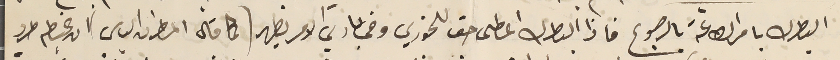
البطرك بامر الطاعة بالرجوع فاذا البطرك اعطى حق للخوري وفي بادي الامر يظهر (كماقال المطران الياس) ان غبطه طرد